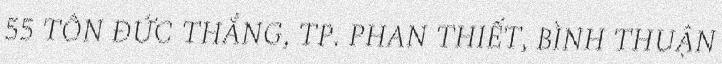
55 TÔN ĐỨC THẮNG, TP. PHAN THIẾT, BÌNH THUẬN